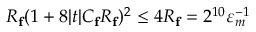
R _ { \mathbf { f } } ( 1 + 8 | t | C _ { \mathbf { f } } R _ { \mathbf { f } } ) ^ { 2 } \leq 4 R _ { \mathbf { f } } = 2 ^ { 1 0 } \varepsilon _ { m } ^ { - 1 }